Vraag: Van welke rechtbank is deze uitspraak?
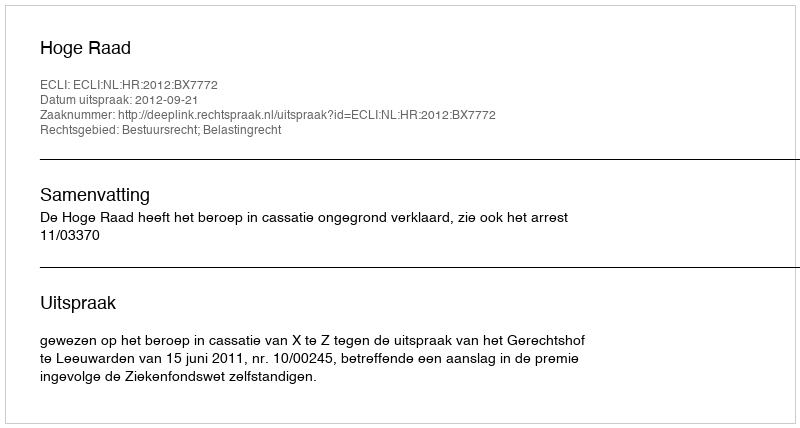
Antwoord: Hoge Raad